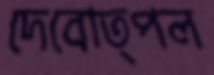
দেবোত্পল